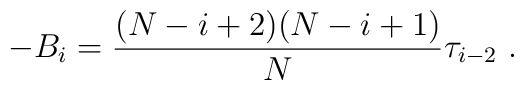
-B_i =   {(N-i+2) (N-i+1) \over N} \tau_{i-2}\ .